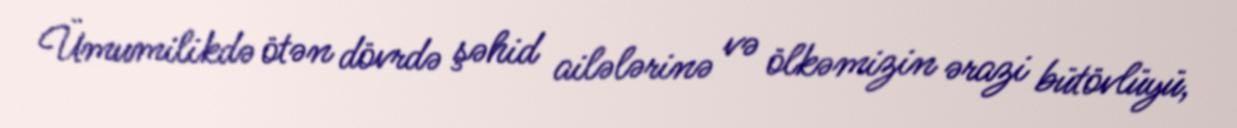
Ümumilikdə ötən dövrdə şəhid ailələrinə və ölkəmizin ərazi bütövlüyü,